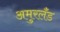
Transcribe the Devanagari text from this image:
अमुरलँंड